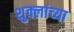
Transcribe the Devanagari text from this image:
शुक्लांच्या